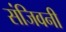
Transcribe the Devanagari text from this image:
संजिवनी